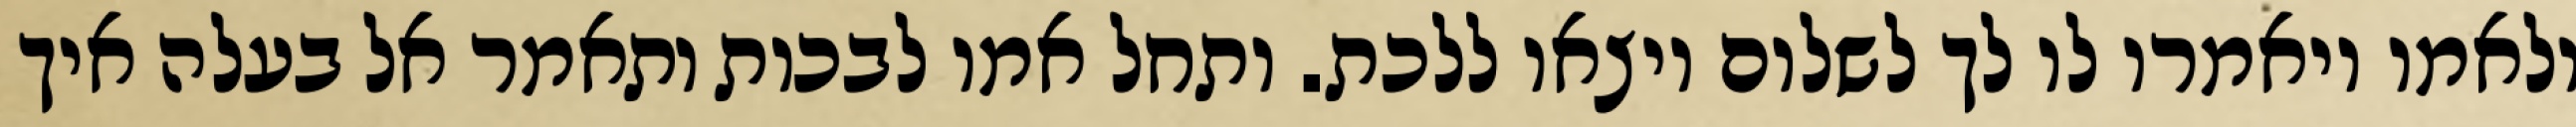
ולאמו ויאמרו לו לך לשלום ויצאו ללכת. ותחל אמו לבכות ותאמר אל בעלה איך